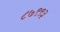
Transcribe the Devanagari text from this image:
८७९९३